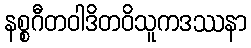
နစ္စဂီတဝါဒိတဝိသူကဒဿနာ